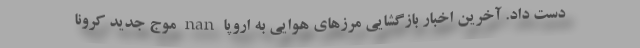
دست داد. آخرین اخبار بازگشایی مرزهای هوایی به اروپا nan موج جدید کرونا